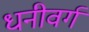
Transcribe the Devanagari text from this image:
धनीवर्ग